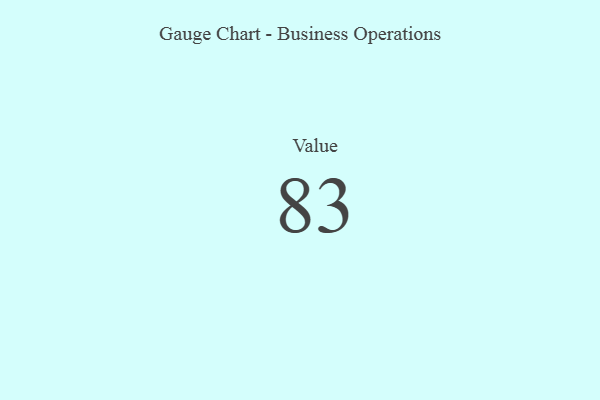
{"axis": {"x": "Metric", "y": "Value"}, "legend": [""], "data": [{"x": "Value", "y": 83, "type": ""}]}